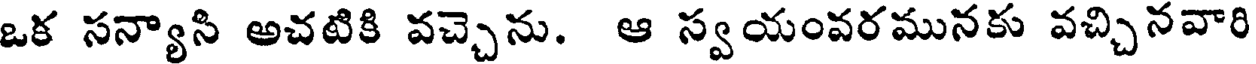
ఒక సన్యాసి అచటికి వచ్చెను. ఆ స్వయంవరమునకు వచ్చినవారి